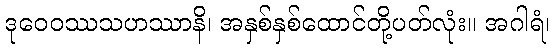
ဒုဝေဝဿသဟဿာနိ၊ အနှစ်နှစ်ထောင်တို့ပတ်လုံး။ အဂါရံ၊